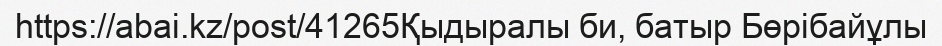
https://abai.kz/post/41265Қыдыралы би, батыр Бөрібайұлы